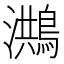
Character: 𪃡